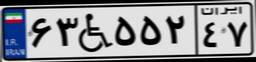
۹۶W۹۸۰۱۱